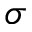
\sigma